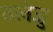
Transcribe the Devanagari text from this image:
तलेजु